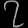
Digit: ၇